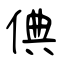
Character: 倎